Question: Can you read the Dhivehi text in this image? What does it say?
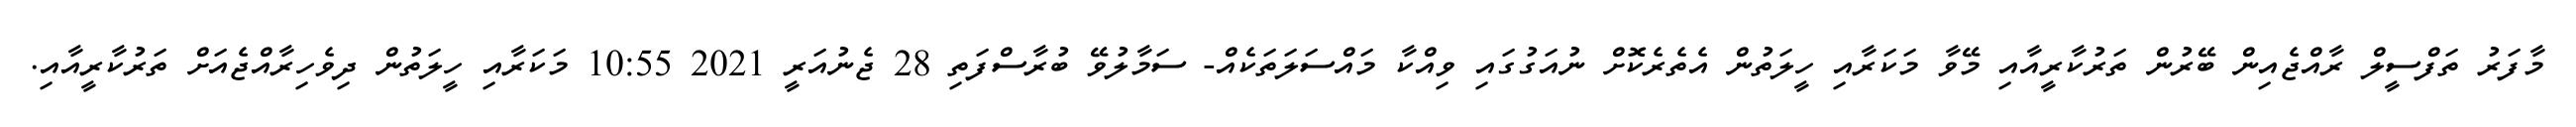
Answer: މާފަރު ތަފްސީލް ރާއްޖެއިން ބޭރުން ތަރުކާރީއާއި މޭވާ މަކަރާއި ހީލަތުން އެތެރެކޮށް ނުއަގުގައި ވިއްކާ މައްސަލަތަކެއް- ސަމާލުވޭ ބުރާސްފަތި 28 ޖެނުއަރީ 2021 10:55 މަކަރާއި ހީލަތުން ދިވެހިރާއްޖެއަށް ތަރުކާރީއާއި.